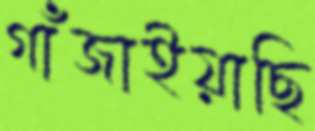
গাঁজাইয়াছি